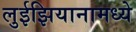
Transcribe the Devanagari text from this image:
लुईझियानामध्ये